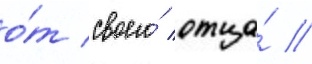
о́т своего́ отца́ //